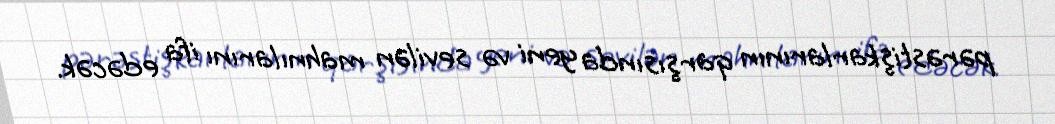
pərəstişkarlarının qarşısında yeni və sevilən mahnılarını ifa edəcək.